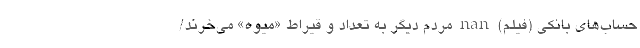
حساب‌های بانکی (فیلم) nan مردم دیگر به تعداد و قیراط «میوه» می‌خرند/